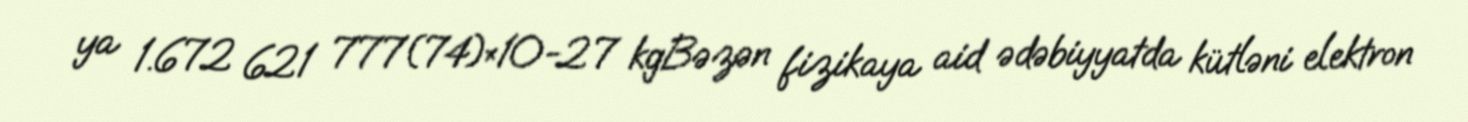
ya 1.672 621 777(74)×10−27 kgBəzən fizikaya aid ədəbiyyatda kütləni elektron